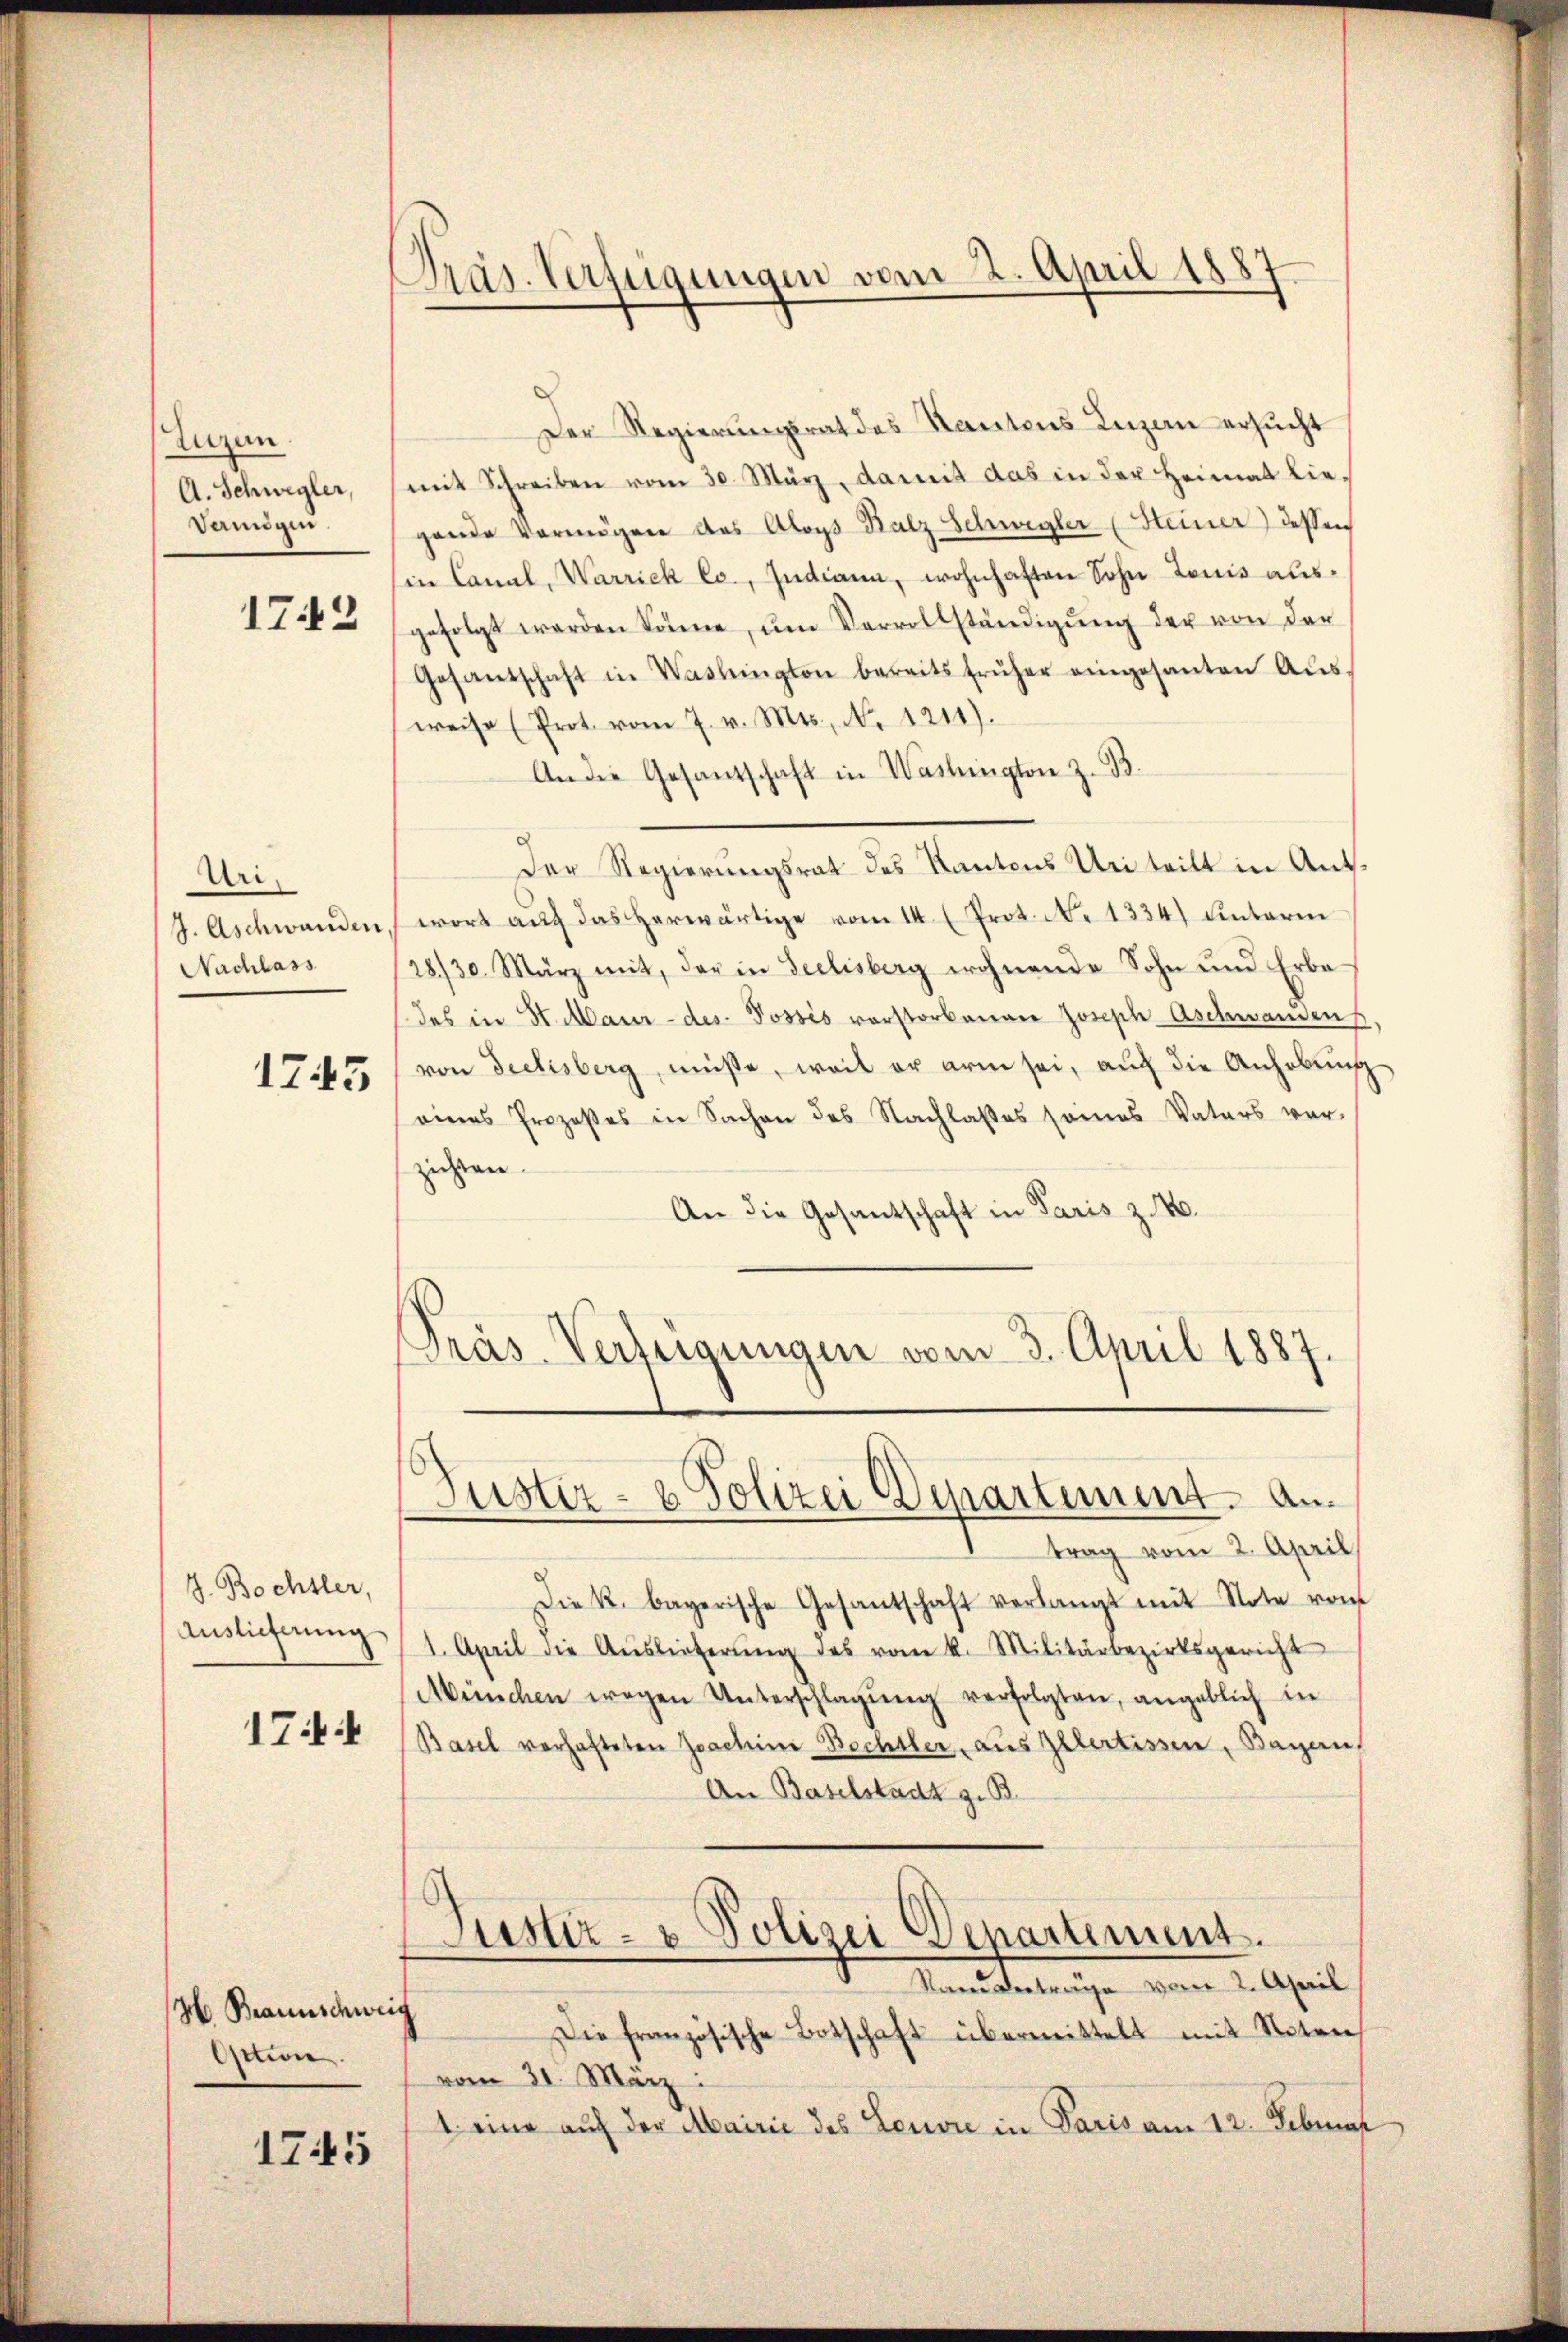
Luzern
A. Schwegler,
Damögen.

172

Uri.
J. Aschwanden
Nachlass

1745

J. Bochsler,
Auslieferung

1744

H. Braunschweig
Action

1745

Präs. Verfügungen vom 2. April 1887

Der Regierungsrat des Kantons Luzen ersucht
mit Schreiben vom 30. März, damit das in der Heimat lie-
gende Vermögen des Aloys Balz Schwegler (Steiner) dessen
in Canal, Warriek Co., Indiana, wohnhaften Sohn Louis ausgefolgt werden könne, ŭm Vervollständigŭng der von der
Gesantschaft in Washington bereits früher eingesanten Aŭs-
weise (Prot. vom 7. v. Mts., N. 1211).
An die Gesandschaft in Washington z. B.
Der Regierungsrat des Kantons Urteilt in Antwort auf das herwärtige vom 14. (Prot. N. 1334) unterm
28/30. März mit, der in Seelisberg wohnende Sohn und Erbe
(des in St. Maur - des Posses vorstorbenen Joseph-Aschwanden,
von Seelisberg, müsse, weil er arm sei, auf die Anhebung
eines Prozeßes in Sachen des Nachlasses seines Vaters ver-
zuhren.
An die Gesantschaft in Paris z. B.
Präs. Verfügungen vom 3. April 1887.

Justiz- & Polizei Departement. An

trag vom 2. April
Die k. bayerische Gesantschaft verlangt mit Note von
1. April die Auslieferŭng des vom k. Militärbezirksgericht
München wegen Unterschlagung verfolgten, angeblich in
Basel verhafteten Joachine Bechtler, aus Illertissen, Bayern,
An Baselstadt z. B.
Justiz- & Polizei Departement.
Standverträge vom 2. April
Die französische Botschaft übermittelt mit Noten
vom 31. März
1. eine auf der Mairie des Leuvre in Paris am 12. Februar